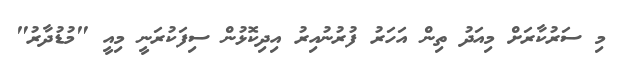
މި ސަރުކާރަށް މިއަދު ތިން އަހަރު ފުރުނުއިރު އިދިކޮޅުން ސިފަކުރަނީ މިއީ "މުޑުދާރު"